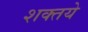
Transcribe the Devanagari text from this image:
शक्तये